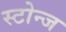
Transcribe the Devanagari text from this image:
स्टोन्ज